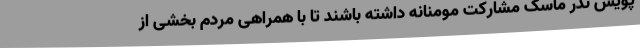
پویش نذر ماسک مشارکت مومنانه داشته باشند تا با همراهی مردم بخشی از